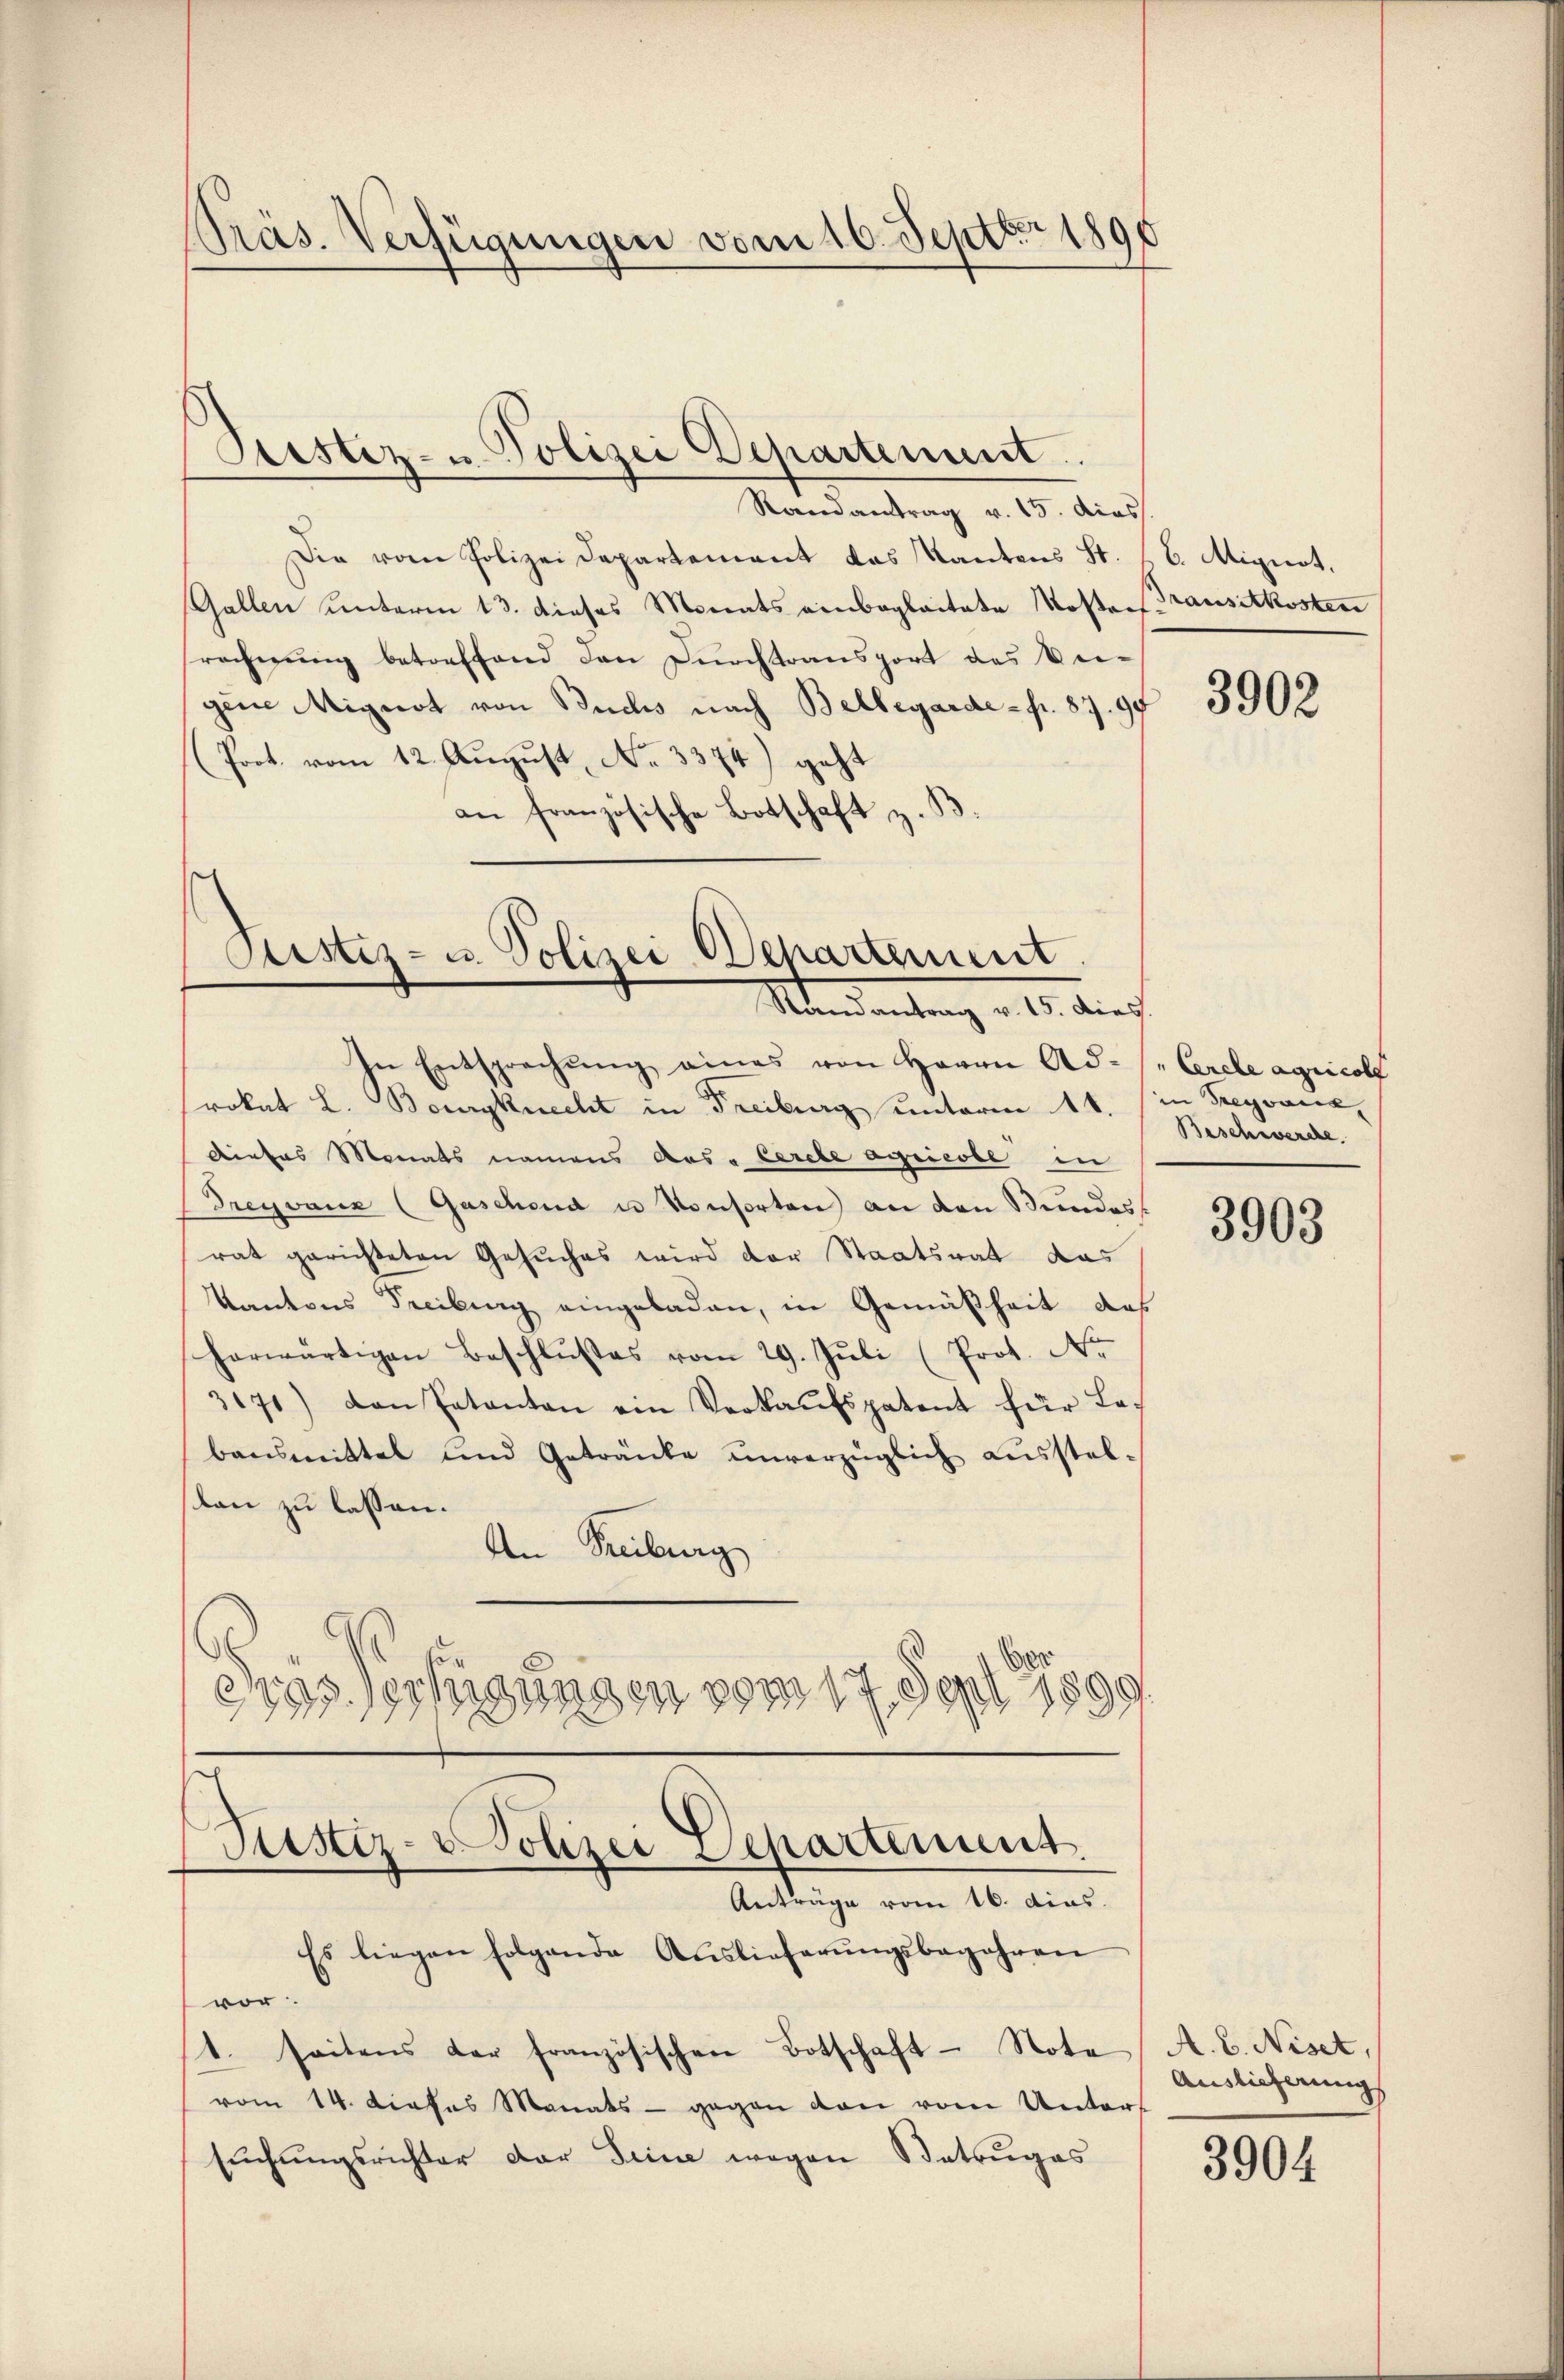
Präs. Verfügungen vom 16. Septbr 1896

Randantrag v. 15. dies
Die vom Polizeidepartement das Kantons St. s. B. Aignet.
Gallen unterm 13. dieses Monats einbegleitete Kosterrausitkosten
rechnŭng betreffend den Durchtransport das Ver-
gen Mignot von Buchs nach Bellegarde - fr. 87. 99
Prot. vom 12. August, No. 3374) geht
an französische Botschaft z.

Sistiz- u. Polizei Departement.

Custiz- u. Polizei-Departement
Mandantung v. 10. dies

In Entsprechŭng eines von Herrn Ad- / Cerele agricoll
rokat L. Bourgknecht in Freiburg unterm 11. in Gregovia
dieses Monats namens Aus- Cerelbe agricobe in
Treyvanz (Gaschend u Konsorten an den Bundess
rat gerichteten Gesuches wird der Staatsrat das
Kantons Freiburg eingeladen, in Gemäßheit des
herwärtigen Beschlußes vom 29. Juli (Prot. No
3171) den Patanten ein Verkaŭfspatent für Le-
bausmittel und Getränke unverzüglich ausstel-
lan zu lassen.
An Freiburg
Das Verfügungen vom 17. Sept 1899
Justiz-Polizei Departement.
Anträge vom 16. dies
Es liegen folgende Auslieferŭngsbegehren
vor.
1. seitens der französischen Botschaft - Note A. B. Niset,
vom 14. Dieses Monats - gegen von vom Unters
suchungsrichter der Seine wegen Betruges

3902

Beschwerche.

3903

Auslicherung

3904